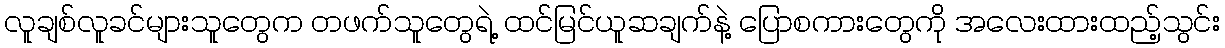
လူချစ်လူခင်များသူတွေက တဖက်သူတွေရဲ့ ထင်မြင်ယူဆချက်နဲ့ ပြောစကားတွေကို အလေးထားထည့်သွင်း